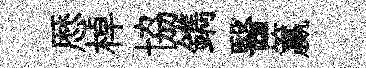
厯棹協鐫醫籯